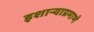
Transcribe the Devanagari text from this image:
इशार्‍याप्रमाणे